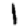
Digit: 1